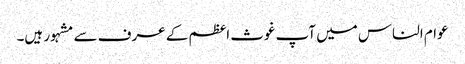
عوام الناس میں آپ غوث اعظم کے عرف سے مشہور ہیں۔